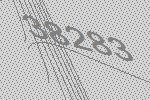
38283